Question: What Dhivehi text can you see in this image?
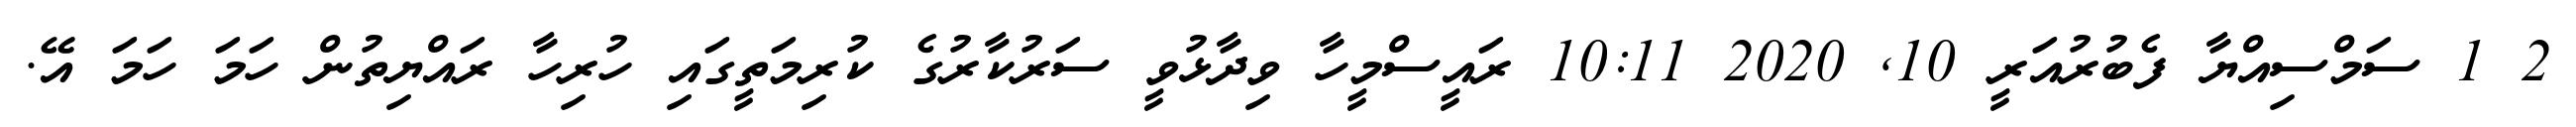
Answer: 2 1 ސަމްސިއްޔާ ފެބުރުއަރީ 10, 2020 10:11 ރައީސްމީހާ ވިދާޅުވީ ސަރުކާރުގެ ކުރިމަތީގައި ހުރިހާ ރައްޔިތުން ހަމަ ހަމަ އޭ.